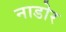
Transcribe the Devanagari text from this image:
नाडोर